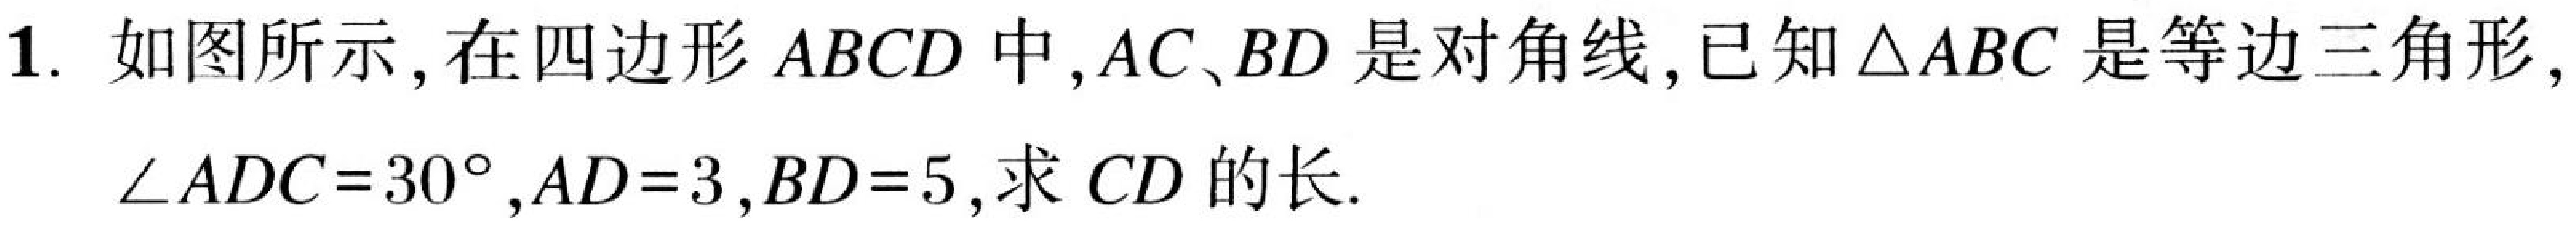
1. 如图所示，在四边形$ABCD$中，$AC、BD$是对角线，已知$\triangle ABC$是等边三角形，$\angle ADC = 30^{\circ},AD = 3,BD = 5$,求$CD$的长.